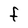
Character: F